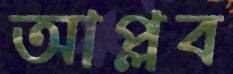
আপ্লব